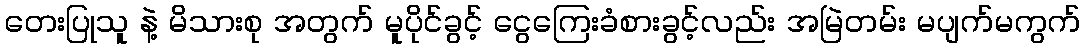
တေးပြုသူ နဲ့ မိသားစု အတွက် မူပိုင်ခွင့် ငွေကြေးခံစားခွင့်လည်း အမြဲတမ်း မပျက်မကွက်